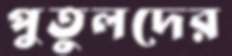
পুতুলদের